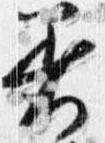
着